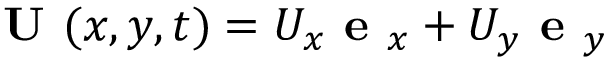
\textbf { U } ( x , y , t ) = U _ { x } \textbf { e } _ { x } + U _ { y } \textbf { e } _ { y }